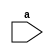
module odd(
  input [7:0]a);
  always @(*) begin
    if(a%2==1)
      $display("It is a odd number");
  else
    $display("It is not odd number");
  end
endmodule